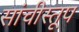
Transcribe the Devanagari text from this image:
सांचीस्तूप